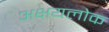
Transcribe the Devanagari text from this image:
अक्षयलोक